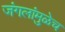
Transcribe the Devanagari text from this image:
जंगलांमुळेच